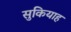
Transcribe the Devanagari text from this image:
सुकियाह